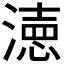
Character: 𭲓